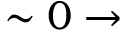
\sim 0 \rightarrow